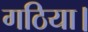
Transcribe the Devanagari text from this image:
गठिया।